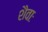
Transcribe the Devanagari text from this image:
शैवाः